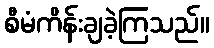
စီမံကိန်းချခဲ့ကြသည်။